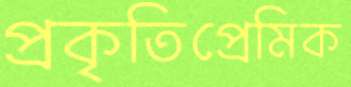
প্রকৃতিপ্রেমিক